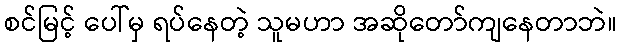
စင်မြင့် ပေါ်မှ ရပ်နေတဲ့ သူမဟာ အဆိုတော်ကျနေတာဘဲ။